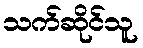
သက်ဆိုင်သူ